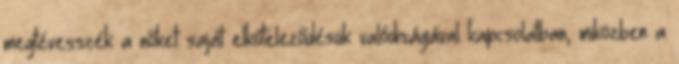
megtévesszék a nőket saját elköteleződésük valódiságával kapcsolatban, miközben a